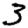
Digit: 3